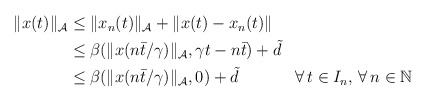
\begin{align*}\begin{aligned}\|x(t)\|_{\mathcal{A}} &\le \|x_{n}(t)\|_{\mathcal{A}} + \|x(t)-x_{n}(t)\| \\&\le \beta(\|x(n\bar{t}/\gamma)\|_{\mathcal{A}},\gamma t-n\bar{t}) + \tilde{d}\\&\le \beta(\|x(n\bar{t}/\gamma)\|_{\mathcal{A}},0) + \tilde{d}&& \forall\,t \in I_n,\,\forall \, n\in\mathbb{N}\end{aligned}\end{align*}